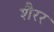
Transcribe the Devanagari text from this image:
शैरर